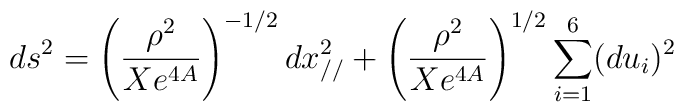
ds^2= \left(\frac{\rho^2}{Xe^{4A}}\right)^{-1/2}dx_{//}^2   +   \left( \frac{ \rho^2}{Xe^{4A}} \right)^{1/2}   \sum_{i=1}^{6}(du_i)^2